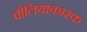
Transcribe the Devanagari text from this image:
पीलियाकारक